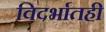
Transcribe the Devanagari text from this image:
विदर्भातही